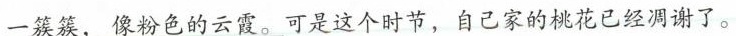
一簇簇，像粉色的云霞。}可是这个时节，自己家的桃花已经凋谢了。